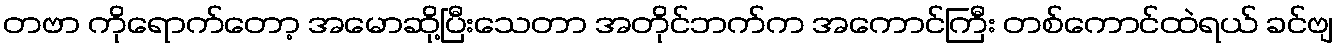
တဗာ ကိုရောက်တော့ အမောဆို့ပြီးသေတာ အတိုင်ဘက်က အကောင်ကြီး တစ်ကောင်ထဲရယ် ခင်ဗျ